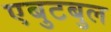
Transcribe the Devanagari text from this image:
एबुटबुल